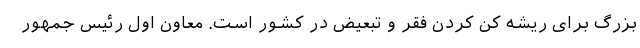
بزرگ برای ریشه کن کردن فقر و تبعیض در کشور است. معاون اول رئیس جمهور